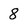
Character: 8